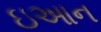
ઇઆન